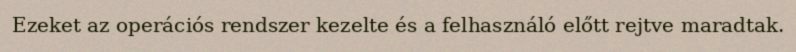
Ezeket az operációs rendszer kezelte és a felhasználó előtt rejtve maradtak.